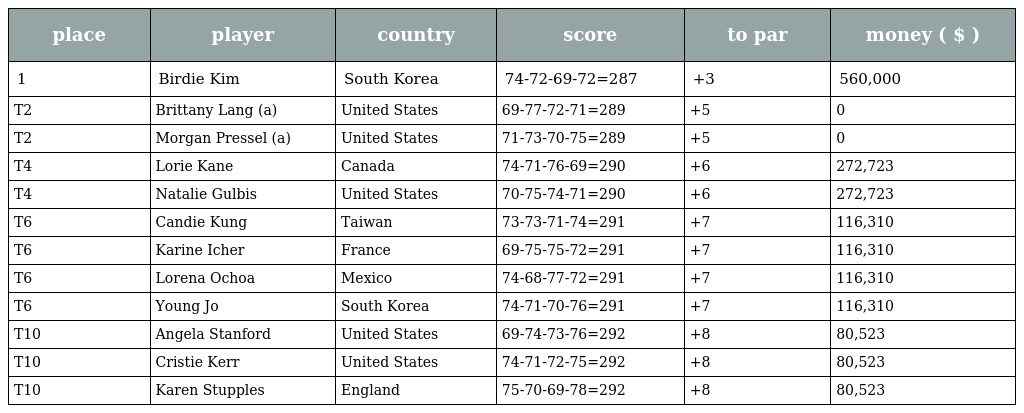
| place | player | country | score | to par | money ( $ ) |
 | --- | --- | --- | --- | --- | --- |
 | 1 | Birdie Kim | South Korea | 74-72-69-72=287 | +3 | 560,000 |
 | T2 | Brittany Lang (a) | United States | 69-77-72-71=289 | +5 | 0 |
 | T2 | Morgan Pressel (a) | United States | 71-73-70-75=289 | +5 | 0 |
 | T4 | Lorie Kane | Canada | 74-71-76-69=290 | +6 | 272,723 |
 | T4 | Natalie Gulbis | United States | 70-75-74-71=290 | +6 | 272,723 |
 | T6 | Candie Kung | Taiwan | 73-73-71-74=291 | +7 | 116,310 |
 | T6 | Karine Icher | France | 69-75-75-72=291 | +7 | 116,310 |
 | T6 | Lorena Ochoa | Mexico | 74-68-77-72=291 | +7 | 116,310 |
 | T6 | Young Jo | South Korea | 74-71-70-76=291 | +7 | 116,310 |
 | T10 | Angela Stanford | United States | 69-74-73-76=292 | +8 | 80,523 |
 | T10 | Cristie Kerr | United States | 74-71-72-75=292 | +8 | 80,523 |
 | T10 | Karen Stupples | England | 75-70-69-78=292 | +8 | 80,523 |